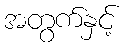
အတွက်နှင့်